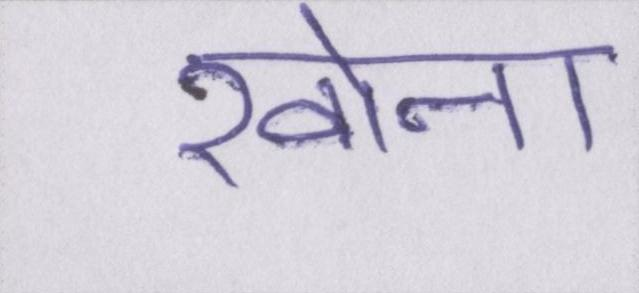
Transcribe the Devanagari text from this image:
खोना